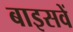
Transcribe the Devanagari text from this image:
बाइसवें